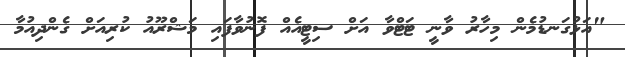
"އަޅުގަނޑުމެން މިހާރު ވާނީ ޓަޓްވާ އަށް ސިޓީއެއް ފޮނުވާފައި މަޝްރޫއު ކުރިއަށް ގެންދިއުމާ